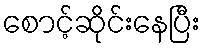
စောင့်ဆိုင်းနေပြီး